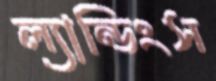
ল্যান্ডিংস